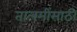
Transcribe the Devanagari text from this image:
तालमींसाठी